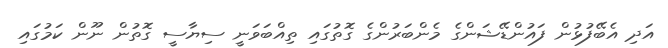
އަދި އެބޭފުޅުން ފައުންޑޭޝަންގެ މެންބަރުންގެ ގޮތުގައި ތިއްބަވަނީ ސިޔާސީ ގޮތުން ނޫން ކަމުގައި